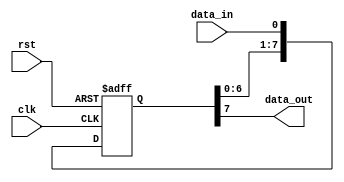
module siso_shift_register (
    input clk,
    input rst,
    input data_in,
    output reg data_out
);

reg [7:0] shift_reg;

always @(posedge clk or posedge rst) begin
    if (rst) begin
        shift_reg <= 8'h00;
    end else begin
        shift_reg <= {shift_reg[6:0], data_in};
    end
end

assign data_out = shift_reg[7];

endmodule